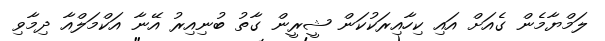
ލަމްޔާމެން ގެއަށް އައި ކިހާއިރަކުކަން ޝީރީން ގާތު ބުނިއިރު އޭނާ އަކްމަލްއާ ދިމާވި